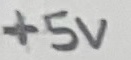
Text: +5V